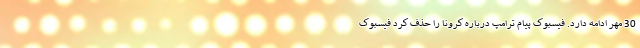
30 مهر ادامه دارد. فیسبوک پیام ترامپ درباره کرونا را حذف کرد فیسبوک